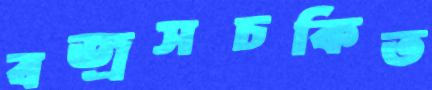
বজ্রসচকিত